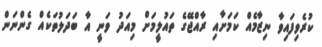
ކުރެވިފައިވާ ނިޒާމެއް ކަމަށާއި ރާއްޖޭގެ ތައުލީމަށް މިއަދު ވަނީ އާ ބަދަލުތަކެއް ގެންނަން